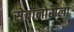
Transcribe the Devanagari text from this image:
सेवानोरोला